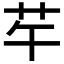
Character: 𦬶